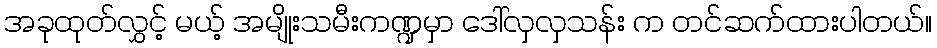
အခုထုတ်လွှင့် မယ့် အမျိုးသမီးကဏ္ဍမှာ ဒေါ်လှလှသန်း က တင်ဆက်ထားပါတယ်။